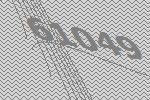
61049